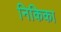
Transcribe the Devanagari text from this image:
निकिका